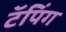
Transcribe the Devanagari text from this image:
टॅपिंग